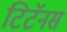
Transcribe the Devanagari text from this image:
टिटॅनस